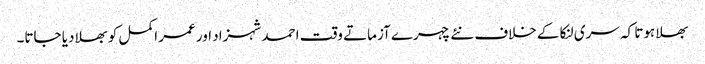
بھلا ہوتا کہ سری لنکا کے خلاف نئے چہرے آزماتے وقت احمد شہزاد اور عمر اکمل کو بھلا دیا جاتا۔